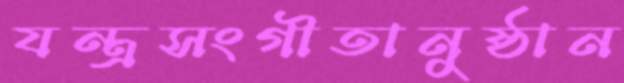
যন্ত্রসংগীতানুষ্ঠান